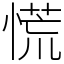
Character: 慌